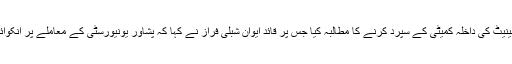
لیگی سینیٹر جاوید عباسی نے پشاور یونیورسٹی کے معاملے کو سینیٹ کی داخلہ کمیٹی کے سپرد کرنے کا مطالبہ کیا جس پر قائد ایوان شبلی فراز نے کہا کہ پشاور یونیورسٹی کے معاملے پر انکوائری کرائی جائے گی، اس پر فیکٹ فائنڈنگ کمیٹی بھی بنائیں گے۔